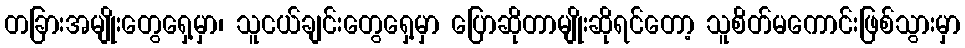
တခြားအမျိုးတွေရှေ့မှာ၊ သူငယ်ချင်းတွေရှေ့မှာ ပြောဆိုတာမျိုးဆိုရင်တော့ သူစိတ်မကောင်းဖြစ်သွားမှာ